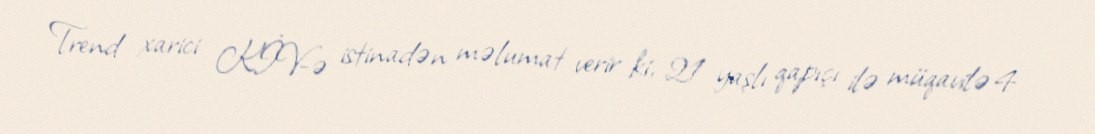
Trend xarici KİV-ə istinadən məlumat verir ki, 21 yaşlı qapıçı ilə müqavilə 4